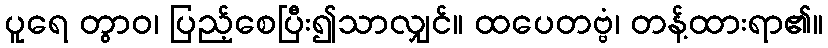
ပူရေ တွာဝ၊ ပြည့်စေပြီး၍သာလျှင်။ ထပေတဗ္ဗံ၊ တန့်ထားရာ၏။